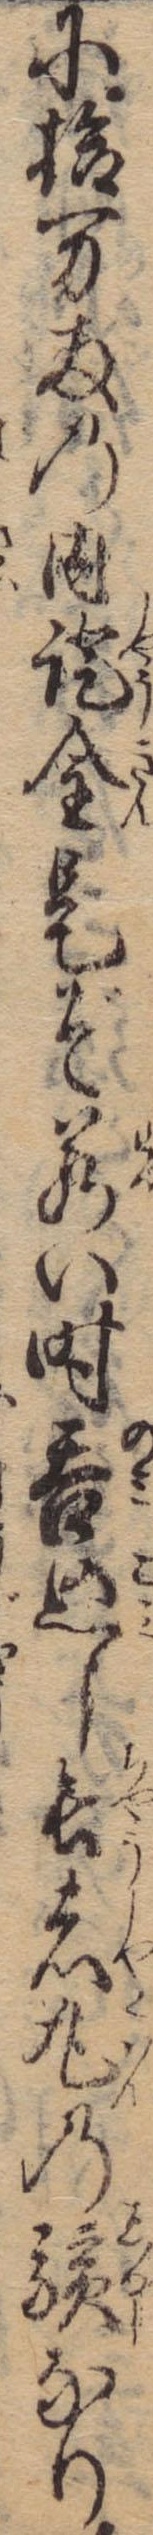
に拾万両の内証金是ぞ若い時呑込し長者丸の験なり